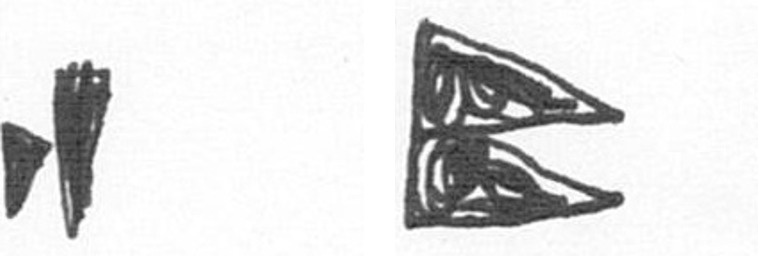
M P